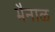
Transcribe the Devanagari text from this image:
भैनाळ